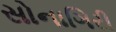
સોનાગિરી